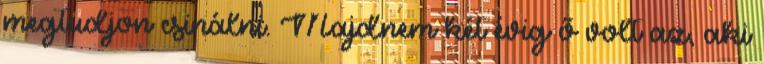
megtudjon csinálni. Majdnem két évig ő volt az, aki